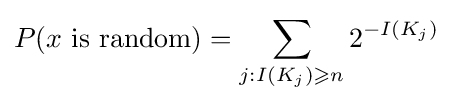
P(x{\text{ is random}})=\sum _{j:I(K_{j})\geqslant n}2^{-I(K_{j})}